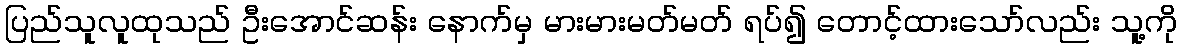
ပြည်သူလူထုသည် ဦးအောင်ဆန်း နောက်မှ မားမားမတ်မတ် ရပ်၍ တောင့်ထားသော်လည်း သူ့ကို